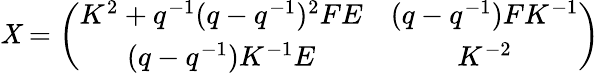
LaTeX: \mathit{X}=\left(\begin{array}{cc}{{K^{2}+q^{-1}(q-q^{-1})^{2}FE}}&{{(q-q^{-1})FK^{-1}}}\\ {{(q-q^{-1})K^{-1}E}}&{{K^{-2}}}\end{array}\right)